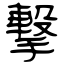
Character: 撃